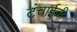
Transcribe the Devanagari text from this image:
टंचाईची